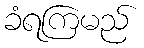
ခံရကြမည်